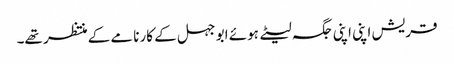
قریش اپنی اپنی جگہ لیٹے ہوئے ابو جہل کے کارنامے کے منتظر تھے۔